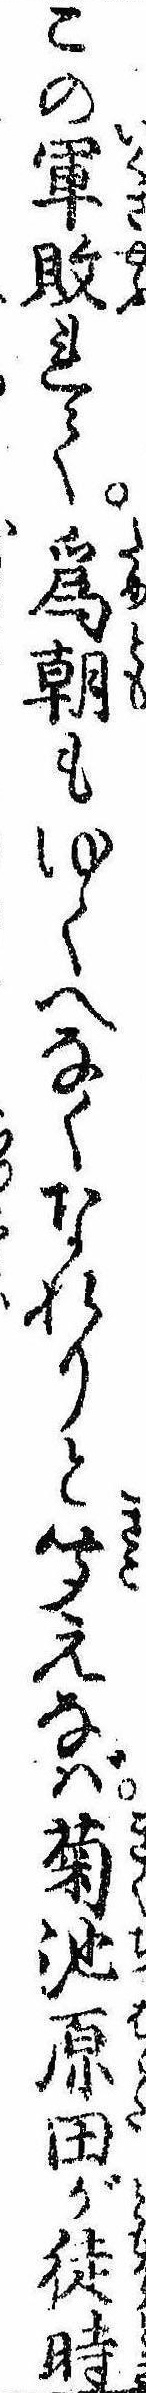
この軍敗れて為朝もゆくへなくなれりと聞えなば菊池原田が徒時